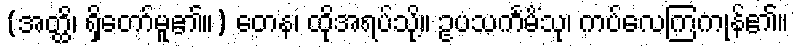
(အတ္ထိ၊ ရှိတော်မူ၏။) တေန၊ ထိုအရပ်သို့။ ဥပသင်္ကမိံသု၊ ကပ်လေကြကုန်၏။